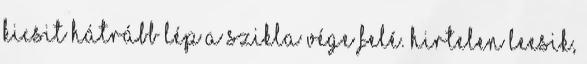
Kicsit hátrább lép a szikla vége felé. Hirtelen leesik,